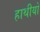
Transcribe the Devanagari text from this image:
हाथीयों